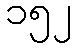
၁၅၂